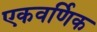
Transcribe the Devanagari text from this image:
एकवर्णिक